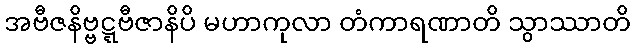
အဗီဇနိဗ္ဗဋ္ဋဗီဇာနိပိ မဟာကုလာ တံကာရဏာတိ သွာဿာတိ